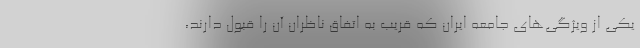
یکی از ویژگی‌های جامعه ایران که قریب به اتفاق ناظران آن را قبول دارند،